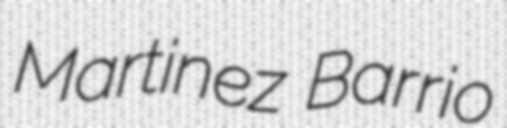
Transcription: Martinez Barrio